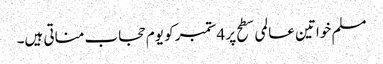
مسلم خواتین عالمی سطح پر 4ستمبر کو یوم حجاب مناتی ہیں۔